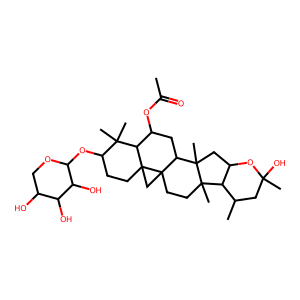
SMILES: CC(=O)OC1CC2C3(C)CC4OC(C)(O)CC(C)C4C3(C)CCC23CC32CCC(OC3OCC(O)C(O)C3O)C(C)(C)C12
Inhibits HIV replication: No